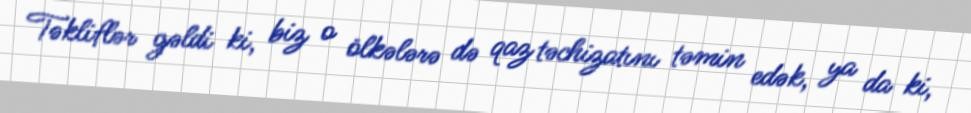
Təkliflər gəldi ki, biz o ölkələrə də qaz təchizatını təmin edək, ya da ki,